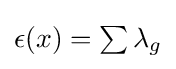
{\textstyle \epsilon (x)=\sum \lambda _{g}}